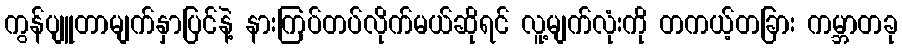
ကွန်ပျူတာမျက်နှာပြင်နဲ့ နားကြပ်တပ်လိုက်မယ်ဆိုရင် လူ့မျက်လုံးကို တကယ့်တခြား ကမ္ဘာတခု